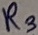
Text: R3